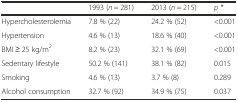
<table><thead><tr><td></td><td><b>1993 (<i>n</i> = 281)</b></td><td><b>2013 (<i>n</i> = 215)</b></td><td><b><i>p</i> *</b></td></tr></thead><tbody><tr><td>Hypercholesterolemia</td><td>7.8 % (22)</td><td>24.2 % (52)</td><td>&lt;0.001</td></tr><tr><td>Hypertension</td><td>4.6 % (13)</td><td>18.6 % (40)</td><td>&lt;0.001</td></tr><tr><td>BMI ≥ 25 kg/m<sup>2</sup></td><td>8.2 % (23)</td><td>32.1 % (69)</td><td>&lt;0.001</td></tr><tr><td>Sedentary lifestyle</td><td>50.2 % (141)</td><td>38.1 % (82)</td><td>0.015</td></tr><tr><td>Smoking</td><td>4.6 % (13)</td><td>3.7 % (8)</td><td>0.289</td></tr><tr><td>Alcohol consumption</td><td>32.7 % (92)</td><td>34.9 % (75)</td><td>0.037</td></tr></tbody></table>